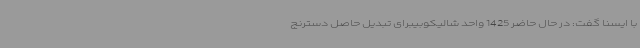
با ایسنا گفت: در حال حاضر 1425 واحد شالیکوبیبرای تبدیل حاصل دسترنج